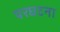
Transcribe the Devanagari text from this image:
परघटना